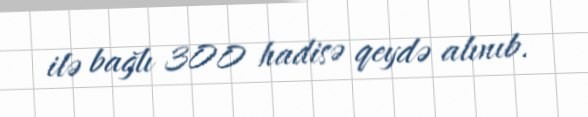
ilə bağlı 300 hadisə qeydə alınıb.